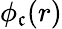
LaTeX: \phi_{\mathfrak{c}}(r)